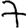
Digit: 7